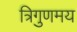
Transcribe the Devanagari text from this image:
त्रिगुणमय